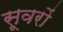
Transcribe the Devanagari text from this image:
सूवरों